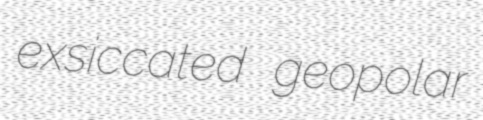
exsiccated geopolar